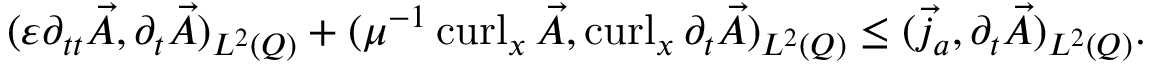
\begin{array} { r } { ( \varepsilon \partial _ { t t } \vec { A } , \partial _ { t } \vec { A } ) _ { L ^ { 2 } ( Q ) } + ( \mu ^ { - 1 } \operatorname { c u r l } _ { x } \vec { A } , \operatorname { c u r l } _ { x } \partial _ { t } \vec { A } ) _ { L ^ { 2 } ( Q ) } \leq ( \vec { j } _ { a } , \partial _ { t } \vec { A } ) _ { L ^ { 2 } ( Q ) } . } \end{array}